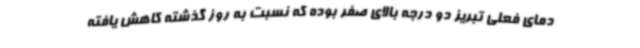
دمای فعلی تبریز دو درجه بالای صفر بوده که نسبت به روز گذشته کاهش یافته